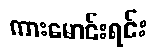
ကားမောင်းရင်း